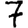
Digit: 7